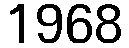
1968